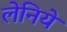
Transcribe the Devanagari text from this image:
लेनिये